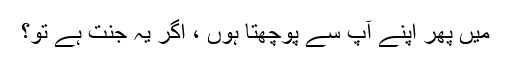
میں پھر اپنے آپ سے پوچھتا ہوں ، اگر یہ جنت ہے تو؟